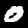
Label: 0